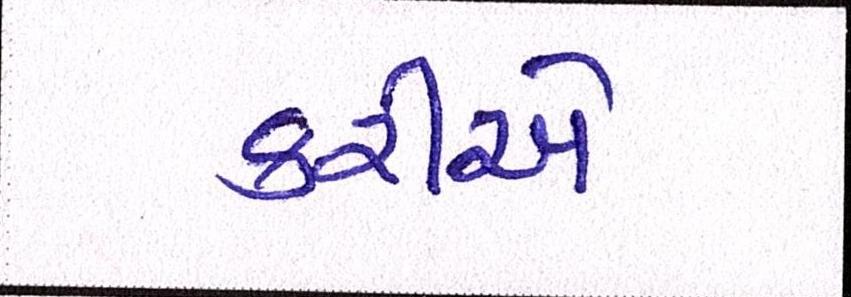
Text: કરીએ